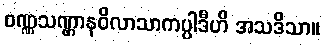
ဝဏ္ဏသဏ္ဌာနဝိလာသာကပ္ပါဒီဟိ အသဒိသာ။